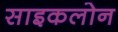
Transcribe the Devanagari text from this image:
साइकलोन